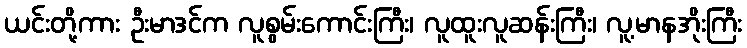
ယင်းတို့ကား ဦးမာဒင်က လူစွမ်းကောင်းကြီး၊ လူထူးလူဆန်းကြီး၊ လူ့မာနအိုးကြီး